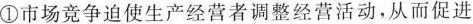
①市场竞争迫使生产经营者调整经营活动，从而促进